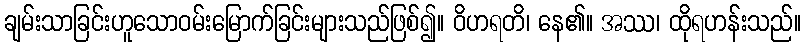
ချမ်းသာခြင်းဟူသောဝမ်းမြောက်ခြင်းများသည်ဖြစ်၍။ ဝိဟရတိ၊ နေ၏။ အဿ၊ ထိုရဟန်းသည်။